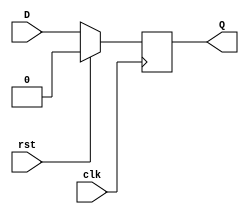
`timescale 1ns / 1ps
//////////////////////////////////////////////////////////////////////////////////
// Company: 
// Engineer: 
// 
// Design Name: 
// Module Name: RisingEdge_DFlipFlop_SyncReset
// Project Name: 
// Target Devices: 
// Tool Versions: 
// Description: 
// 
// Dependencies: 
// 
// Revision:
// Revision 0.01 - File Created
// Additional Comments:
// 
//////////////////////////////////////////////////////////////////////////////////


module RisingEdge_DFlipFlop_SyncReset(D, clk, rst, Q);
    input D, clk;
    input rst;
    output reg Q;
    
    always @(posedge clk)
        begin
            if(rst==1'b1)
                Q <= 1'b0;
                
            else
                Q <= D;
        end
endmodule